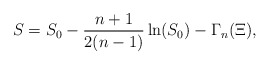
\begin{align*}S=S_0-\frac{n+1}{2(n-1)}\ln (S_0)-\Gamma _n(\Xi ), \end{align*}